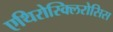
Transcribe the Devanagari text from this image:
एथिरोस्क्लिरोसिस